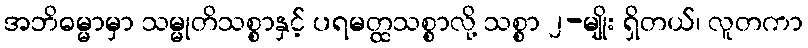
အဘိဓမ္မာမှာ သမ္မုတိသစ္စာနှင့် ပရမတ္ထသစ္စာလို့ သစ္စာ ၂-မျိုး ရှိတယ်၊ လူတကာ